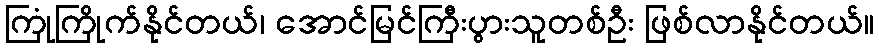
ကြုံကြိုက်နိုင်တယ်၊ အောင်မြင်ကြီးပွားသူတစ်ဦး ဖြစ်လာနိုင်တယ်။